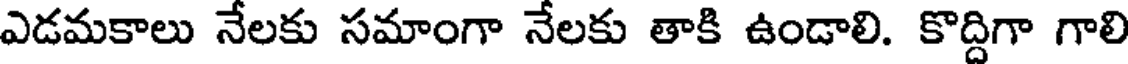
ఎడమకాలు నేలకు సమాంగా నేలకు తాకి ఉండాలి. కొద్దిగా గాలి